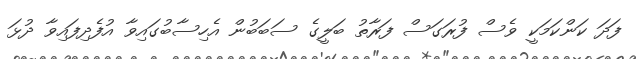
ފަދަ ކަންކަމަކީ ވެސް ފުރަގަސް ފަރާތު ބަލީގެ ސަބަބުން އެހިސާބުގައިވާ އުފެދިފައިވާ ދުޅަ